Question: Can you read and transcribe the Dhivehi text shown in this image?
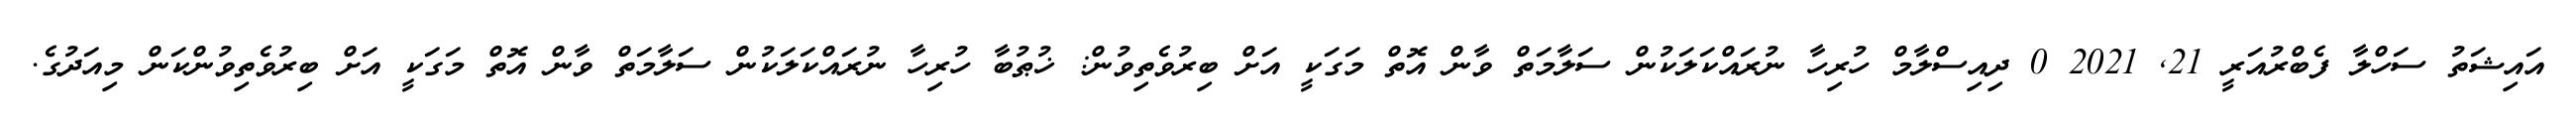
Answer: އައިޝަތު ސަހްލާ ފެބްރުއަރީ 21, 2021 0 ދިއިސްލާމް ހުރިހާ ނުރައްކަލަކުން ސަލާމަތް ވާން އޮތް މަގަކީ އަށް ބިރުވެތިވުން: ޚުޠުބާ ހުރިހާ ނުރައްކަލަކުން ސަލާމަތް ވާން އޮތް މަގަކީ އަށް ބިރުވެތިވުންކަން މިއަދުގެ.